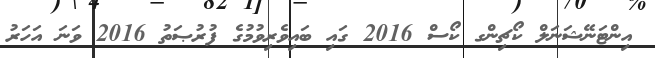
އިންޓަނޭޝަނަލް ކޯޗިންގ ކޯސް 2016 ގައި ބައިވެރިވުމުގެ ފުރުޞަތު 2016 ވަނަ އަހަރު